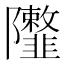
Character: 𨽮